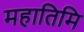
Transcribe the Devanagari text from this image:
महातिमि